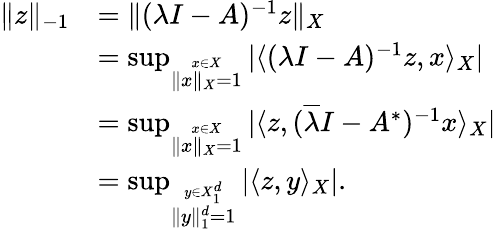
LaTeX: \begin{array}{rl}{\| z\| _{-1}}&{=\| (\lambda I-A)^{-1}z\| _{X}}\\ &{=\operatorname*{sup}_{\stackrel{x\in X}{\| x\| _{X}=1}}\vert\langle(\lambda I-A)^{-1}z,x\rangle_{X}\vert}\\ &{=\operatorname*{sup}_{\stackrel{x\in X}{\| x\| _{X}=1}}\vert\langle z,(\overline{{\lambda}}I-A^{\ast})^{-1}x\rangle_{X}\vert}\\ &{=\operatorname*{sup}_{\stackrel{y\in X_{1}^{d}}{\| y\| _{1}^{d}=1}}\vert\langle z,y\rangle_{X}\vert.}\end{array}